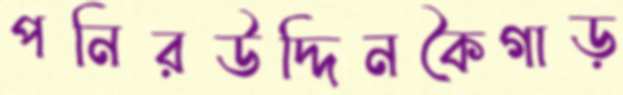
পনিরউদ্দিনকৈগাড়